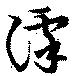
滹